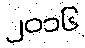
၂၀၁၆